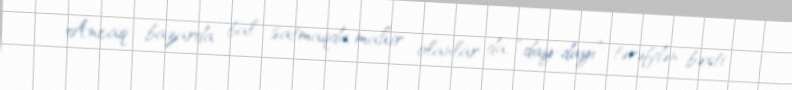
Ancaq bazarda bal satmaqda mahir olanlar da, “day-dayı” tərəfdən bəxti